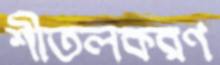
শীতলকরণ